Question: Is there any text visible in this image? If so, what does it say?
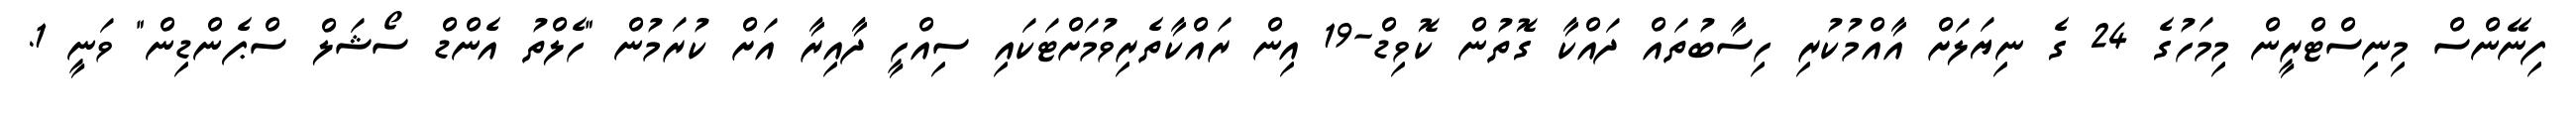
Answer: ފިނޭންސް މިނިސްޓްރީން މިމަހުގެ 24 ގެ ނިޔަލަށް އާއްމުކުރި ހިސާބުތައް ދައްކާ ގޮތުން ކޮވިޑް-19 އިން ރައްކާތެރިވުމަށްޓަކައި ސިއްހީ ދާއިރާ އަށް ކުރަމުން "ހެލްތު އެންޑް ސޯޝަލް ސްޕެންޑިން" ވަނީ 1.